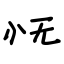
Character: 怃